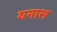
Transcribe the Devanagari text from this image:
यनास